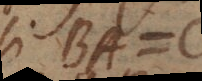
si BA =